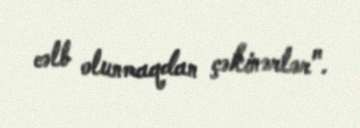
cəlb olunmaqdan çəkinərlər".